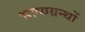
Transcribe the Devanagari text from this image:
भाष्यग्रन्थों